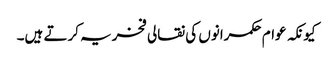
کیونکہ عوام حکمرانوں کی نقالی فخریہ کرتے ہیں۔